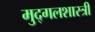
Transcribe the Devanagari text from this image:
मुद्गलशास्त्री